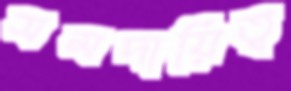
সমদায়িত্ব